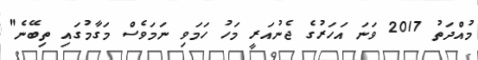
މުއްދަތު 2017 ވަނަ އަހަރުގެ ޖެނުއަރީ މަހު ހަމަވި ނަމަވެސް މަގާމުގައި ތިބޭނެ"